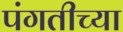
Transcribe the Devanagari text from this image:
पंगतीच्या